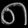
Digit: ၈